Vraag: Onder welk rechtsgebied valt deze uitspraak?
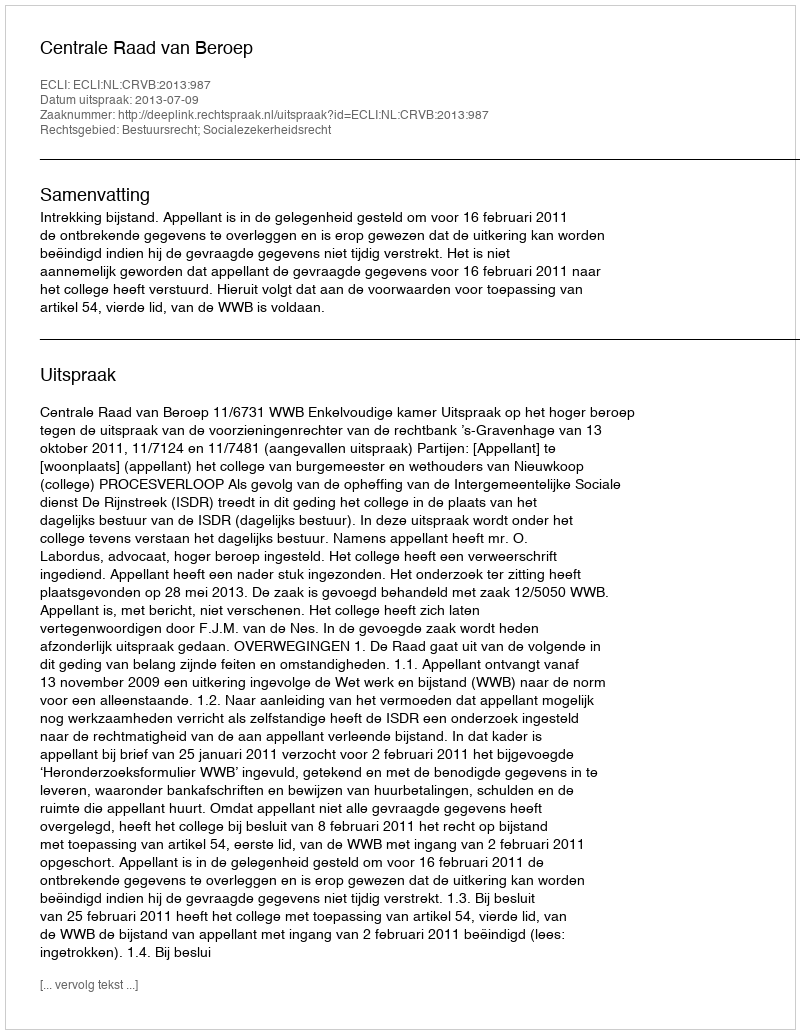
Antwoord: Bestuursrecht; Socialezekerheidsrecht